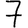
Digit: 7